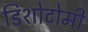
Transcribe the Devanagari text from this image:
डिशोटोमी